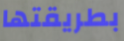
بطريقتها